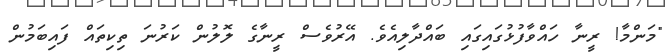
"މަންމާ! ރީނާ ހައްވާފުޅުގައިގައި ބައްދާލިއެވެ. އޭރުވެސް ރީނާގެ ލޮލުން ކަރުނަ ތިކިތައް ފައިބަމުން